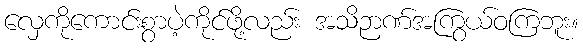
လှေကိုကောင်းစွာပဲ့ကိုင်ဖို့လည်း အသိဉာဏ်အကြွယ်ဝကြဘူး။